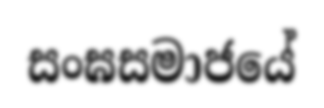
සංඝසමාජයේ